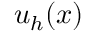
u _ { h } ( x )